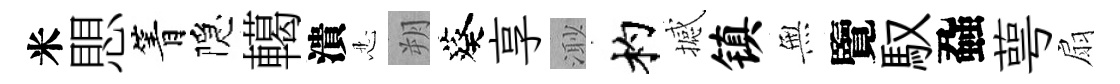
米愳箐隠轕潰忍朔葵享𣺌杓撼镇𭴾覽馭蝨萼扇